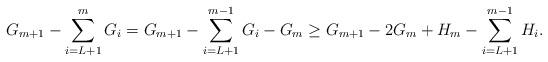
LaTeX: \begin{align*} G_{m+1}-\sum_{i=L+1}^{m}G_i=G_{m+1}-\sum_{i=L+1}^{m-1}G_i-G_m&\geq G_{m+1}-2G_m+H_m-\sum_{i=L+1}^{m-1}H_i. \end{align*}